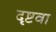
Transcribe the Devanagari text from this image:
दृष्टवा